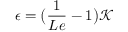
\epsilon = \big ( \frac { 1 } { L e } - 1 \big ) \mathcal { K }